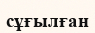
сұғылған